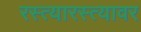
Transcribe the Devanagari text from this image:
रस्त्यारस्त्यावर